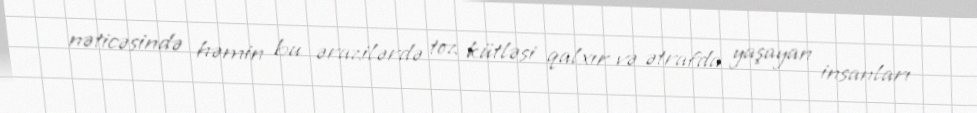
nəticəsində həmin bu ərazilərdə toz kütləsi qalxır və ətrafda yaşayan insanları